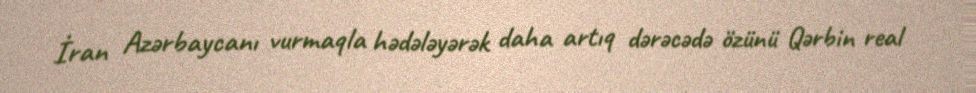
İran Azərbaycanı vurmaqla hədələyərək daha artıq dərəcədə özünü Qərbin real